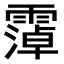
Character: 𫕭